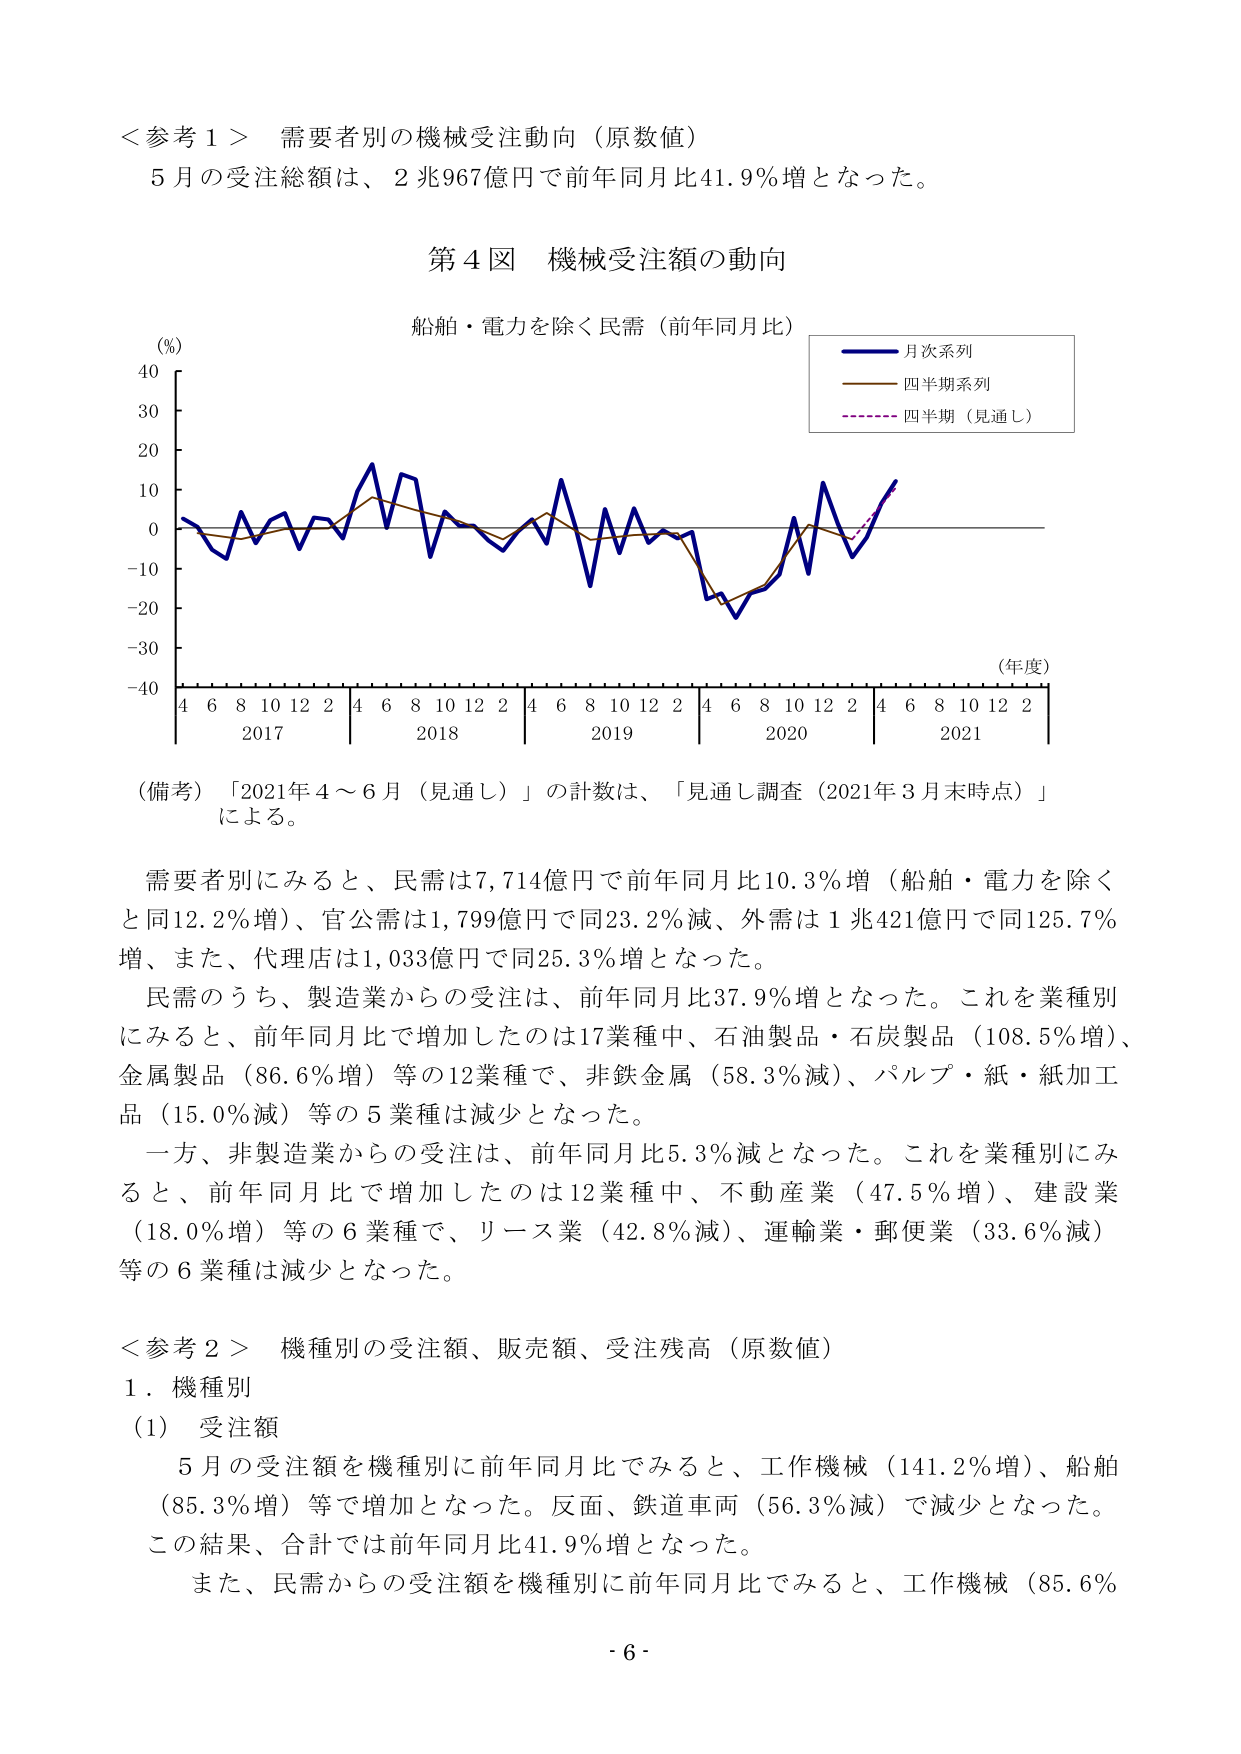
＜参考１＞ 需要者別の機械受注動向（原数値）
５月の受注総額は、２兆967億円で前年同月比41.9％増となった。

第４図 機械受注額の動向
船舶・電力を除く民需（前年同月比）
（％）
（年度）
月次系列
四半期系列
四半期（見通し）
（備考）「2021年４～６月（見通し）」の計数は、「見通し調査（2021年３月末時点）」による。

需要者別にみると、民需は7,714億円で前年同月比10.3％増（船舶・電力を除くと同12.2％増）、官公需は1,799億円で同23.2％減、外需は１兆421億円で同125.7％増、また、代理店は1,033億円で同25.3％増となった。
民需のうち、製造業からの受注は、前年同月比37.9％増となった。これを業種別にみると、前年同月比で増加したのは17業種中、石油製品・石炭製品（108.5％増）、金属製品（86.6％増）等の12業種で、非鉄金属（58.3％減）、パルプ・紙・紙加工品（15.0％減）等の５業種は減少となった。
一方、非製造業からの受注は、前年同月比5.3％減となった。これを業種別にみると、前年同月比で増加したのは12業種中、不動産業（47.5％増）、建設業（18.0％増）等の６業種で、リース業（42.8％減）、運輸業・郵便業（33.6％減）等の６業種は減少となった。

＜参考２＞ 機種別の受注額、販売額、受注残高（原数値）
１．機種別
（1） 受注額
５月の受注額を機種別に前年同月比でみると、工作機械（141.2％増）、船舶（85.3％増）等で増加となった。反面、鉄道車両（56.3％減）で減少となった。この結果、合計では前年同月比41.9％増となった。
また、民需からの受注額を機種別に前年同月比でみると、工作機械（85.6％

- 6 -